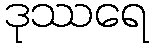
ဒုဿရေ